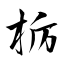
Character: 栃